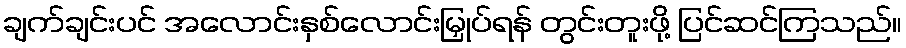
ချက်ချင်းပင် အလောင်းနှစ်လောင်းမြှုပ်ရန် တွင်းတူးဖို့ ပြင်ဆင်ကြသည်။